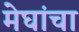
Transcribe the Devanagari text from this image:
मेघांचा